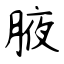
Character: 腋